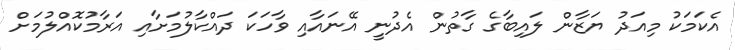
އެކަމަކު މިއަދު ޔަޒާން ލައިބާގެ ގާތުން އެދުނީ އޭނައާއި ވާހަކަ ދައްކާލުމަށާއި އަރާމުކޮއްލުމަށް